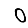
Digit: 0